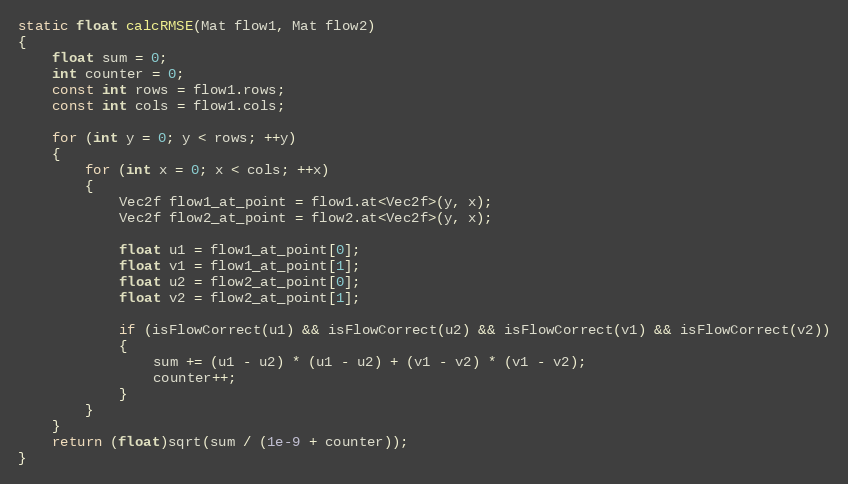
Language: C++
static float calcRMSE(Mat flow1, Mat flow2)
{
    float sum = 0;
    int counter = 0;
    const int rows = flow1.rows;
    const int cols = flow1.cols;

    for (int y = 0; y < rows; ++y)
    {
        for (int x = 0; x < cols; ++x)
        {
            Vec2f flow1_at_point = flow1.at<Vec2f>(y, x);
            Vec2f flow2_at_point = flow2.at<Vec2f>(y, x);

            float u1 = flow1_at_point[0];
            float v1 = flow1_at_point[1];
            float u2 = flow2_at_point[0];
            float v2 = flow2_at_point[1];

            if (isFlowCorrect(u1) && isFlowCorrect(u2) && isFlowCorrect(v1) && isFlowCorrect(v2))
            {
                sum += (u1 - u2) * (u1 - u2) + (v1 - v2) * (v1 - v2);
                counter++;
            }
        }
    }
    return (float)sqrt(sum / (1e-9 + counter));
}